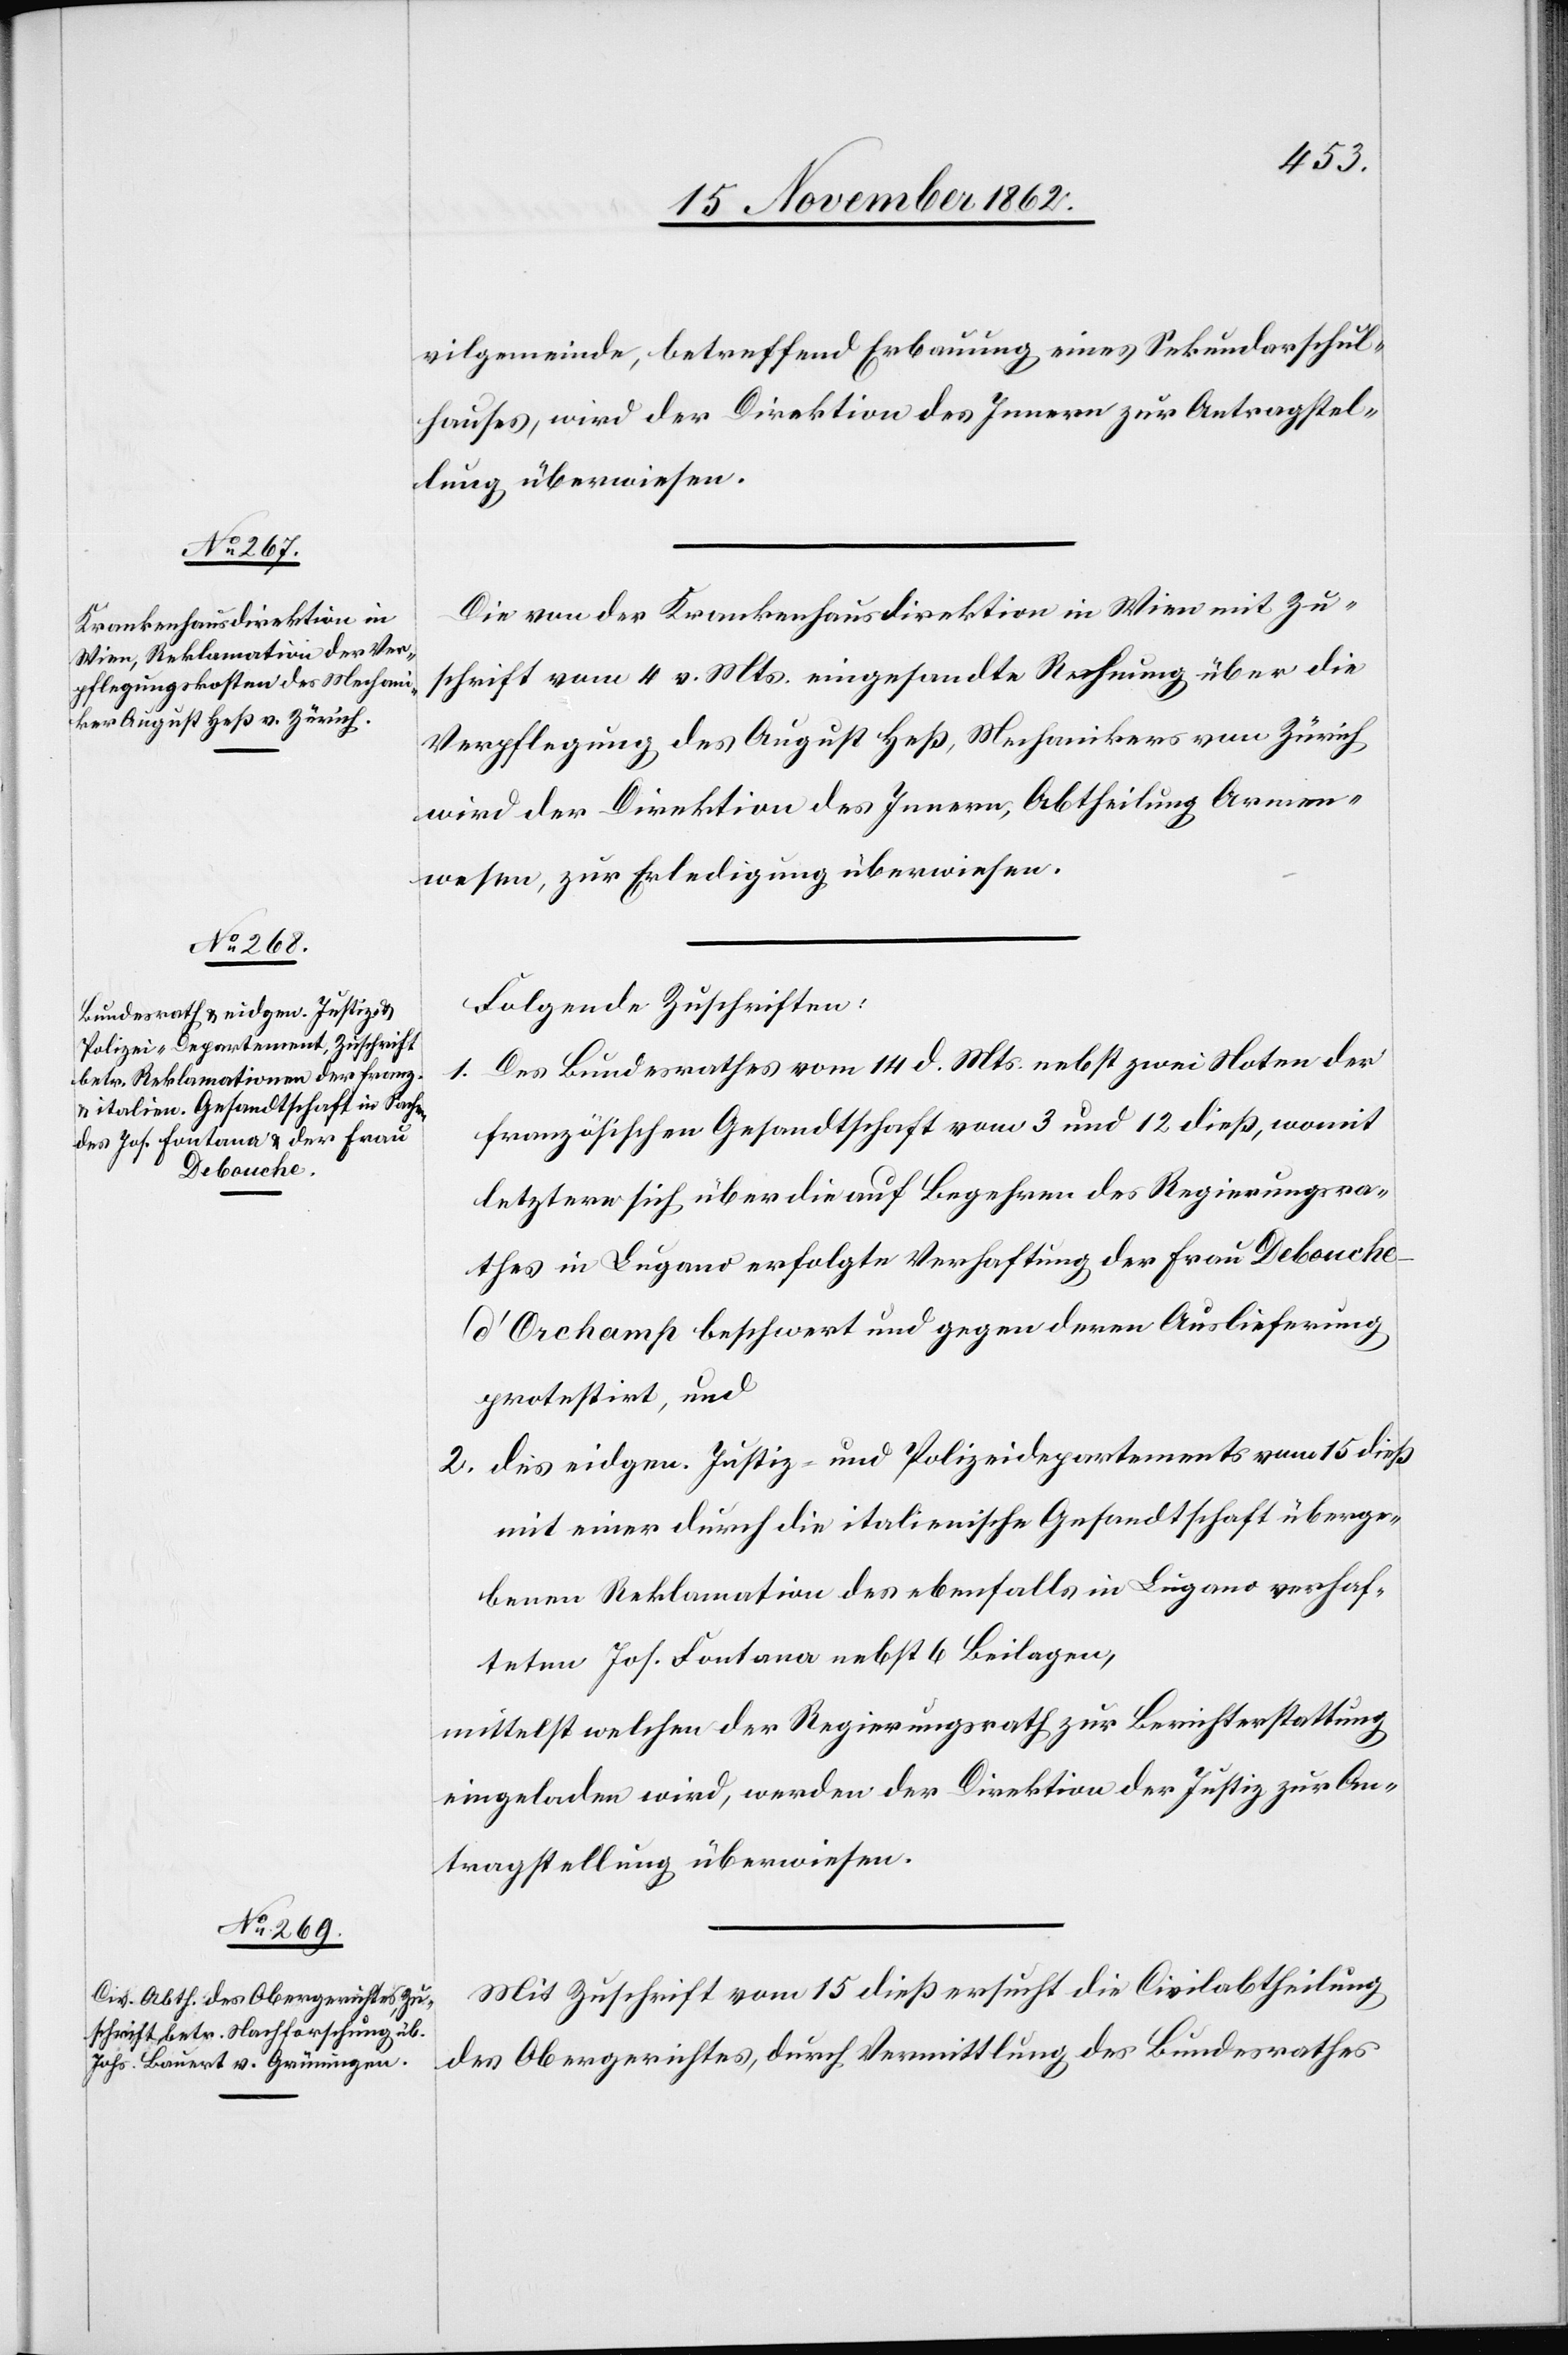
17. November 1862.]
vilgemeinde, betreffend Erbauung eines Sekundarschul¬
hauses, wird der Direktion des Innern zur Antragstel¬
lung überwiesen.
Die von der Krankenhausdirektion in Wien mit Zu¬
schrift vom 4. v. Mts. eingesandte Rechnung über die
Verpflegung des August Heß, Mechanikers von Zürich
wird der Direktion des Innern, Abtheilung Armen¬
wesen, zur Erledigung überwiesen.
Folgende Zuschriften:
1. Des Bundesrathes vom 14. d. Mts. nebst zwei Noten der
französischen Gesandtschaft vom 3 und 12. dieß, womit
letzterer sich über die auf Begehren des Regierungsra¬
thes in Lugano erfolgte Verhaftung der Frau Debouch¬
e-d’Orchamp beschwert und gegen deren Auslieferung
protestirt, und
2. des eidgen. Justiz- und Polizeidepartements vom 15. dieß
mit einer durch die italienische Gesandtschaft überge¬
benen Reklamation des ebenfalls in Lugano verhaf¬
teten Jos. Fontana nebst 6 Beilagen,
mittelst welchen der Regierungsrath zur Berichterstattung
eingeladen wird, werden der Direktion der Justiz zur An¬
tragstellung überwiesen.
Mit Zuschrift vom 15. dieß ersucht die Civilabtheilung
des Obergerichtes, durch Vermittlung des Bundesrathes